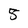
Character: 5